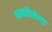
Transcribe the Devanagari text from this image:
घालविलेल्या